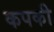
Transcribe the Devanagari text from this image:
कपकी